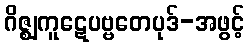
ဂိဇ္ဈကူဋေပဗ္ဗတေပုဒ်-အဖွင့်